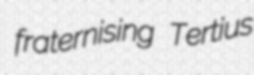
fraternising Tertius